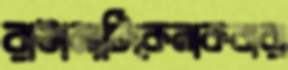
রাঙামাটিকেনাকবারা